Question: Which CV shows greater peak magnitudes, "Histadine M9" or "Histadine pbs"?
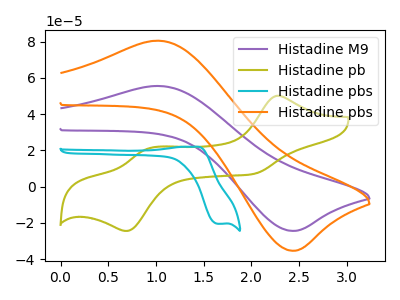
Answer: <think>The purple curve "Histadine M9" has an anodic peak at (1.05V, 55.50uA) and a cathodic peak at (2.40V, -24.30uA). The olive curve "Histadine pb" has anodic peaks at (2.25V, 50.10uA) (0.95V, 21.10uA) and cathodic peaks at (2.05V, 7.05uA) (0.70V, -24.35uA). The cyan curve "Histadine pbs" has an anodic peak at (1.40V, 22.00uA) and a cathodic peak at (1.65V, -20.45uA). The orange curve "Histadine pbs" has an anodic peak at (1.05V, 80.45uA) and a cathodic peak at (2.40V, -35.25uA).</think>
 <answer>Every peak in "Histadine M9" is lower than every peak in "Histadine pbs".</answer>
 <eval>lower</eval>